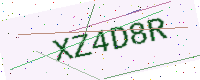
Text: XZ4D8R